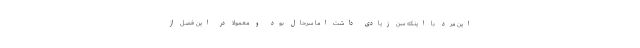
این مرد با اینکه سن زیادی داشت اما سرحال بود و معمولا در این فصل از